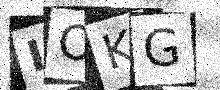
Text: IOKG